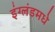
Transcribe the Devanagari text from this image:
इंग्लंडमधे